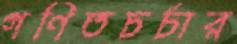
গণিতচর্চার